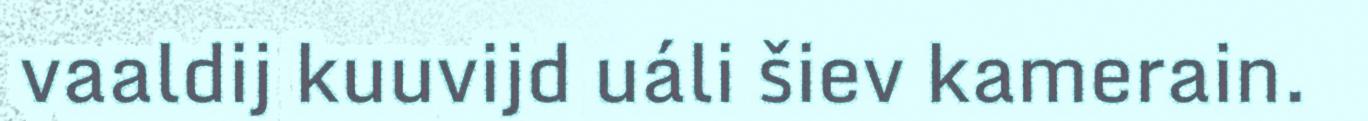
vaaldij kuuvijd uáli šiev kamerain.